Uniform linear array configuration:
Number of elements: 4
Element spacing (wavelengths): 1
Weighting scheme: hann
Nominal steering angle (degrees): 15
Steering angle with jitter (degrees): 14.48
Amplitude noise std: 0.05
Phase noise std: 0.05

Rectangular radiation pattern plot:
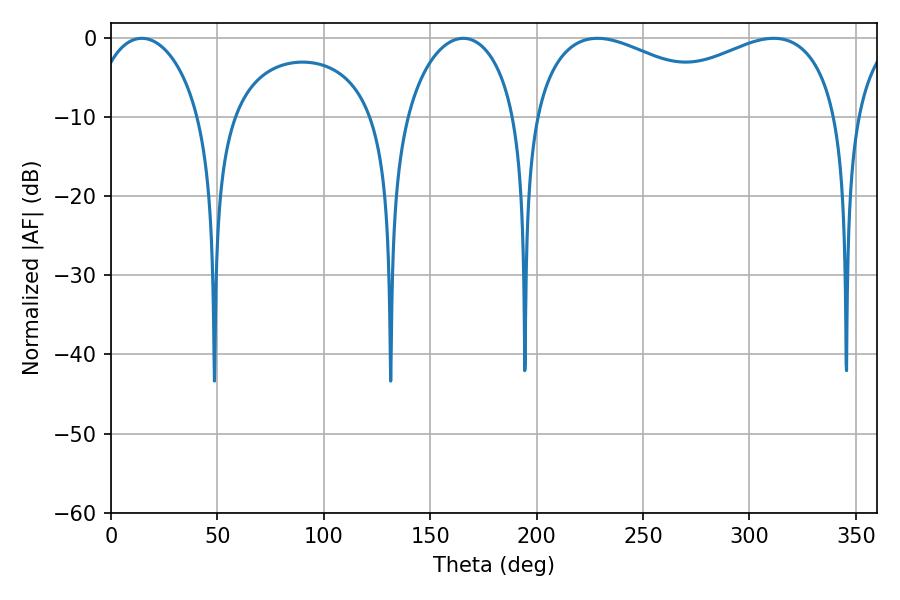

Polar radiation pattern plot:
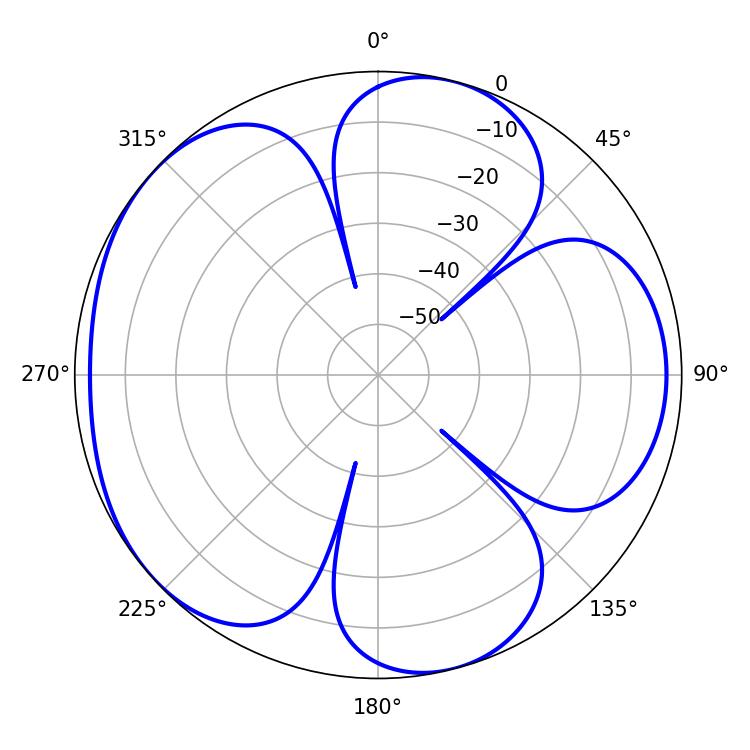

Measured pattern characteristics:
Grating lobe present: TRUE
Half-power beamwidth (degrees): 59.58
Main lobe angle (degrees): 228.6